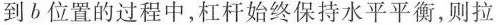
到b位置的过程中，杠杆始终保持水平平衡，则拉